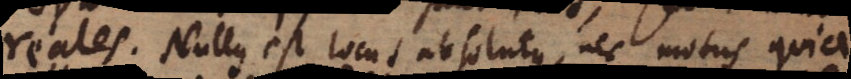
reales. Nullus est locus absolutus, nec motus, quia